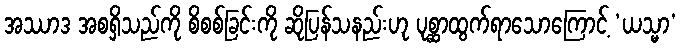
အဿာဒ အစရှိသည်ကို စိစစ်ခြင်းကို ဆိုပြန်သနည်းဟု ပုစ္ဆာထွက်ရာသောကြောင့် ‘ယသ္မာ’